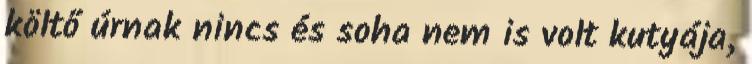
költő úrnak nincs és soha nem is volt kutyája,